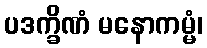
ပဒက္ခိဏံ မနောကမ္မံ၊